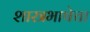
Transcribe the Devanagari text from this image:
शास्त्रभाषेचा